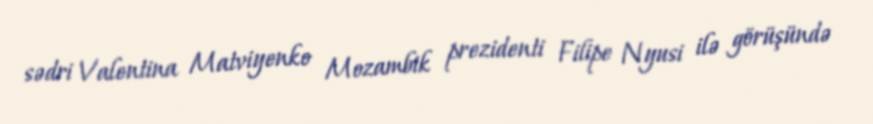
sədri Valentina Matviyenko Mozambik prezidenti Filipe Nyusi ilə görüşündə